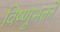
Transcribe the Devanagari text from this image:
विष्णुभक्तों